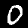
Digit: 0